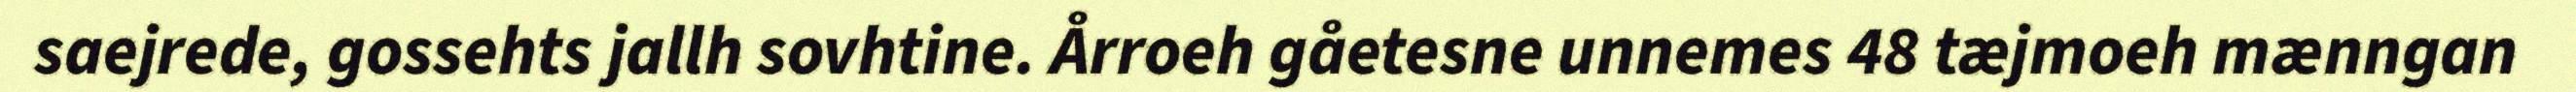
saejrede, gossehts jallh sovhtine. Årroeh gåetesne unnemes 48 tæjmoeh mænngan